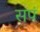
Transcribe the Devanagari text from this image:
सपं